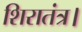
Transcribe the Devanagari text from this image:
शिरातंत्र।